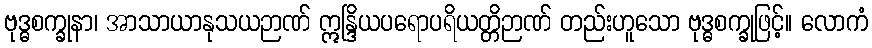
ဗုဒ္ဓစက္ခုနာ၊ အာသာယာနုသယဉာဏ် ဣန္ဒြိယပရောပရိယတ္တိဉာဏ် တည်းဟူသော ဗုဒ္ဓစက္ခုဖြင့်။ လောကံ